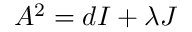
A ^ { 2 } = d I + \lambda J